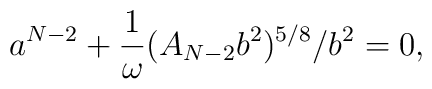
a^{N-2}+\frac{1}{\omega} (A_{N-2}b^2)^{5/8}/b^2=0,